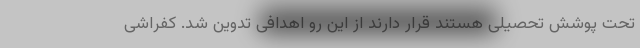
تحت پوشش تحصیلی هستند قرار دارند از این رو اهدافی تدوین شد. کفراشی